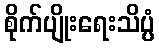
စိုက်ပျိုးရေးသိပ္ပံ